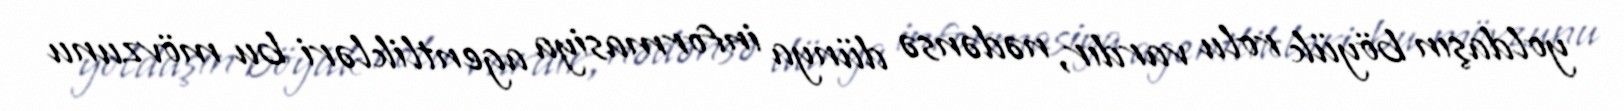
yoldaşın böyük rolu vardır, nədənsə dünya informasiya agentlikləri bu mövzunu